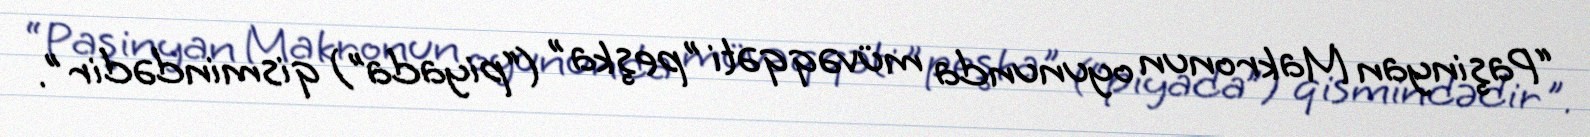
“Paşinyan Makronun oyununda müvəqqəti ”peşka" (“piyada”) qismindədir".